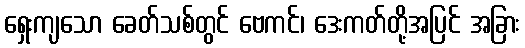
ရှေးကျသော ခေတ်သစ်တွင် ဗေကင်၊ ဒေးကတ်တို့အပြင် အခြား